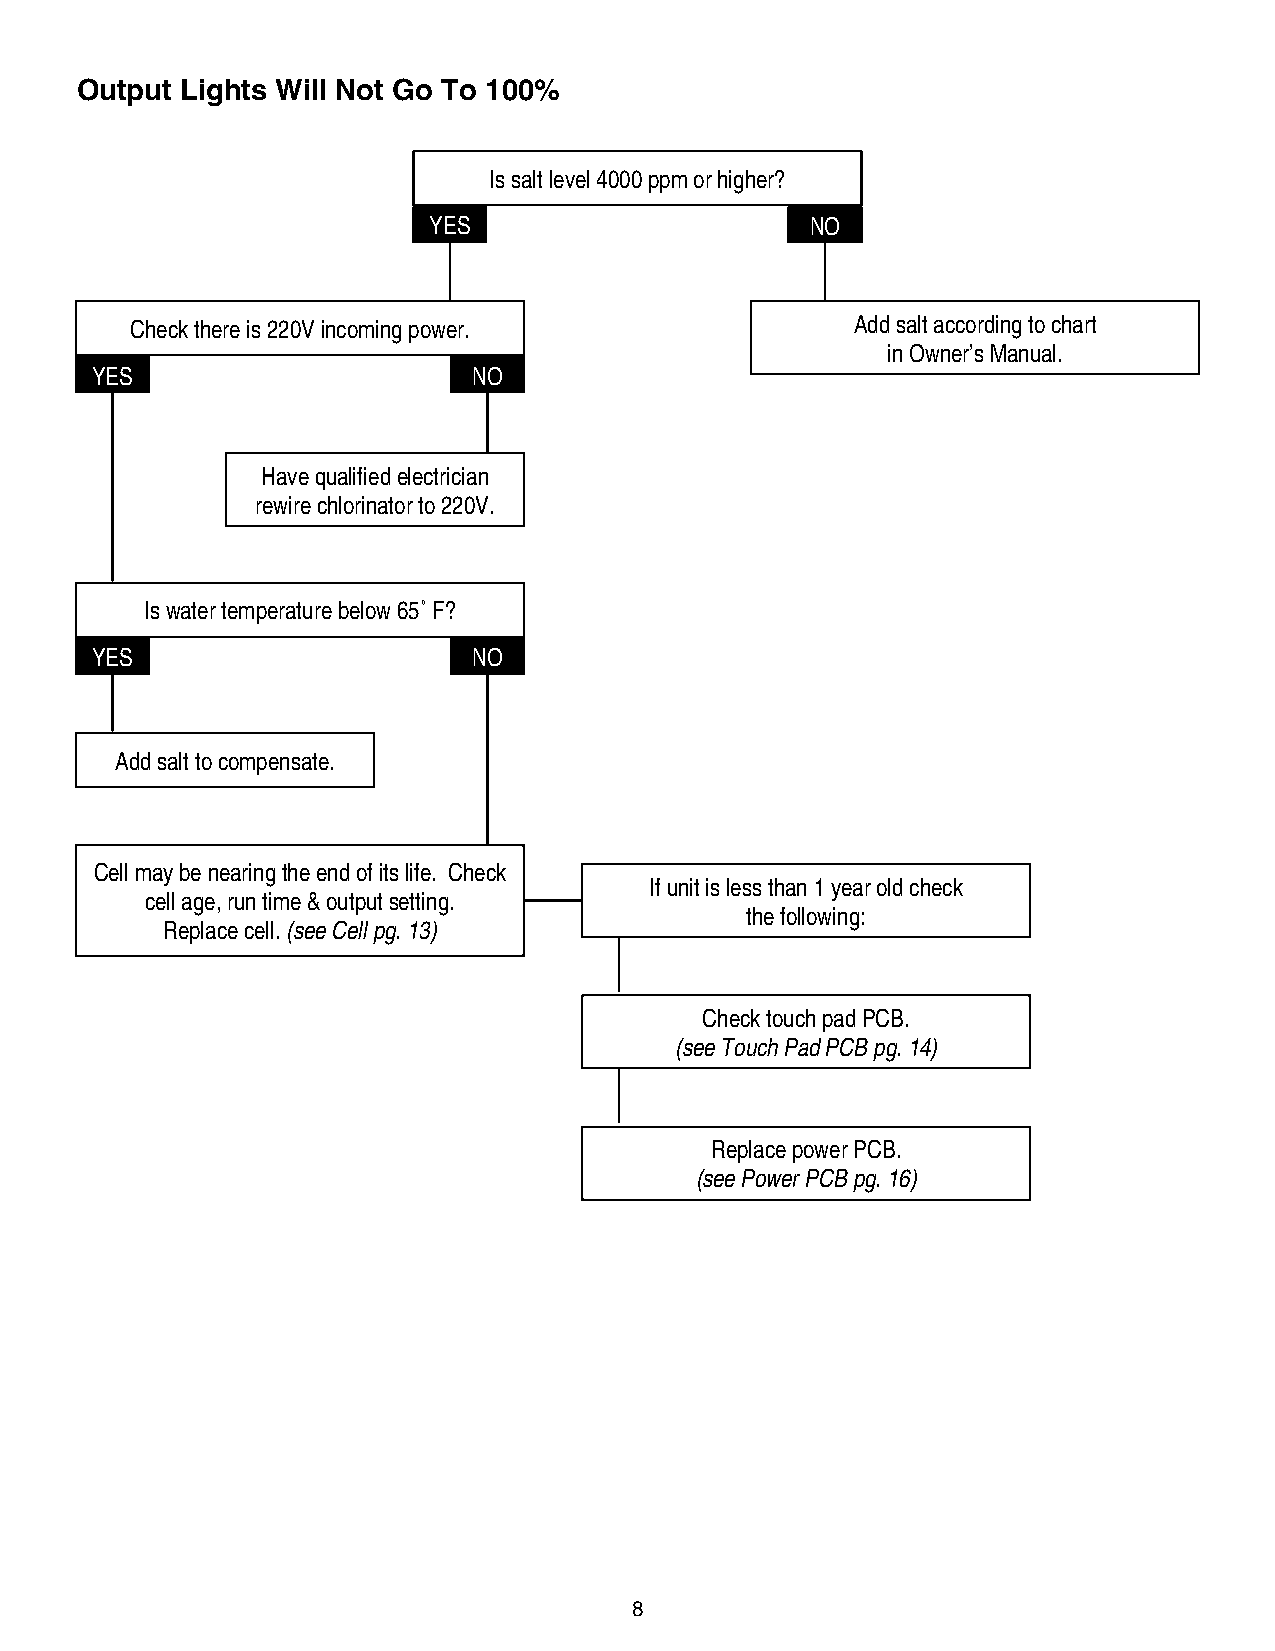
Output Lights Will Not Go To 100%
 Is salt level 4000 ppm or higher?
 YES                       NO
 Check there is 220V incoming power.             Add salt according to chart
 in Owner’s Manual.
 YES                      NO
 Have qualified electrician
 rewire chlorinator to 220V.
 Is water temperature below 65˚ F?
 YES                      NO
 Add salt to compensate.
 Cell may be nearing the end of its life. Check
 If unit is less than 1 year old check
 cell age, run time & output setting.
 the following:
 Replace cell. (see Cell pg. 13)
 Check touch pad PCB.
 (see Touch Pad PCB pg. 14)
 Replace power PCB.
 (see Power PCB pg. 16)
 8